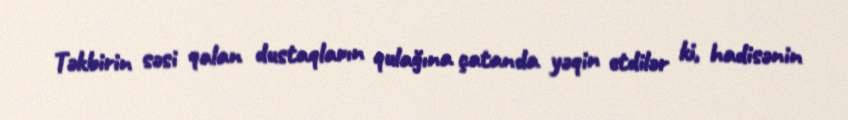
Təkbirin səsi qalan dustaqların qulağına çatanda yəqin etdilər ki, hadisənin